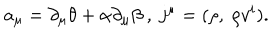
a _ { \mu } = \partial _ { \mu } \theta + \alpha \partial _ { \mu } \beta ~ , ~ j ^ { \mu } = ( \rho , ~ \rho v ^ { i } ) .